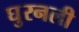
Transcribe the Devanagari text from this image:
घुरनली